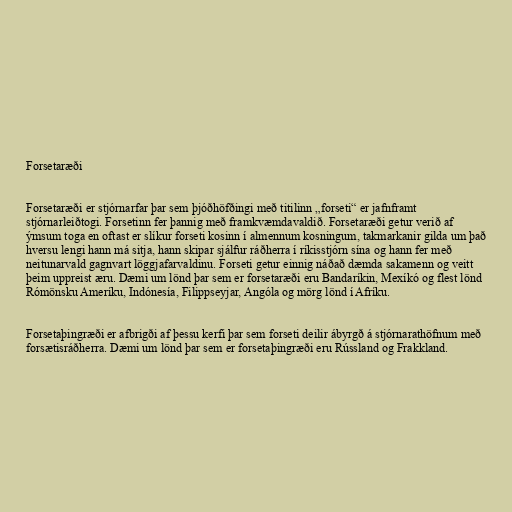
Forsetaræði

Forsetaræði er stjórnarfar þar sem þjóðhöfðingi með titilinn „forseti“ er jafnframt
stjórnarleiðtogi. Forsetinn fer þannig með framkvæmdavaldið. Forsetaræði getur verið af
ýmsum toga en oftast er slíkur forseti kosinn í almennum kosningum, takmarkanir gilda um það
hversu lengi hann má sitja, hann skipar sjálfur ráðherra í ríkisstjórn sína og hann fer með
neitunarvald gagnvart löggjafarvaldinu. Forseti getur einnig náðað dæmda sakamenn og veitt
þeim uppreist æru. Dæmi um lönd þar sem er forsetaræði eru Bandaríkin, Mexíkó og flest lönd
Rómönsku Ameríku, Indónesía, Filippseyjar, Angóla og mörg lönd í Afríku.

Forsetaþingræði er afbrigði af þessu kerfi þar sem forseti deilir ábyrgð á stjórnarathöfnum með
forsætisráðherra. Dæmi um lönd þar sem er forsetaþingræði eru Rússland og Frakkland.